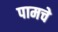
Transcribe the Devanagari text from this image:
पामचे